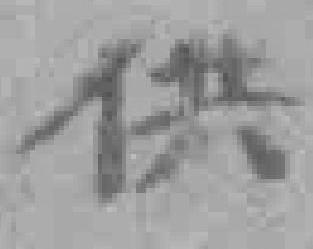
供